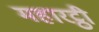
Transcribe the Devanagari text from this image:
महारट्ठी